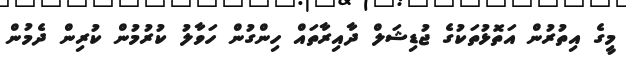
މީގެ އިތުރުން އަތޮޅުތަކުގެ ޖުޑިޝަލް ދާއިރާތައް ހިންގުން ހަވާލު ކުރުމުން ކުރިން ދެމުން